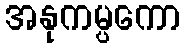
အနုကမ္ပကော